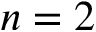
n = 2